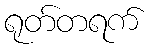
ရုတ်တရက်